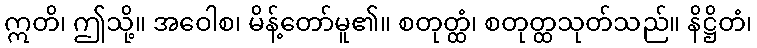
ဣတိ၊ ဤသို့။ အဝေါစ၊ မိန့်တော်မူ၏။ စတုတ္ထံ၊ စတုတ္ထသုတ်သည်။ နိဋ္ဌိတံ၊